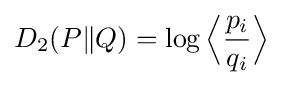
D_{2}(P\Vert Q)=\log {\Big \langle }{\frac {p_{i}}{q_{i}}}{\Big \rangle }